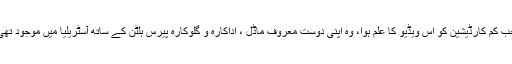
جب کم کارڈیشین کو اس ویڈیو کا علم ہوا، وہ اپنی دوست معروف ماڈل ، اداکارہ و گلوکارہ پیرس ہلٹن کے ساتھ آسٹریلیا میں موجود تھی۔